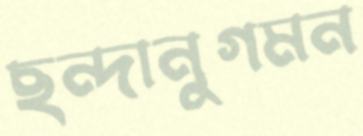
ছন্দানুগমন